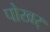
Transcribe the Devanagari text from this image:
पोखर्